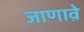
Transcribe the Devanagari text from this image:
जाणावे़